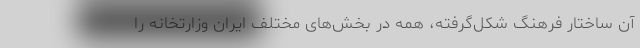
آن ساختار فرهنگ شکل‌گرفته، همه در بخش‌های مختلف ایران وزارتخانه را